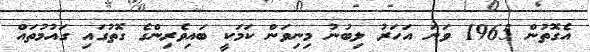
އެގޮތުން 1965 ވަނަ އަހަރު ލިބުނު މިނިވަން ކަމަކީ ބައިވެރިންގެ ގޮތުގައި ގައުމުތައް